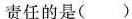
责任的是()